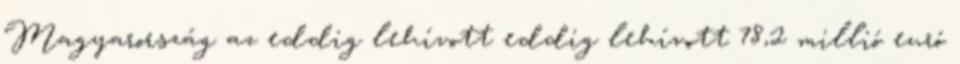
Magyarország az eddig lehívott eddig lehívott 78,2 millió euró